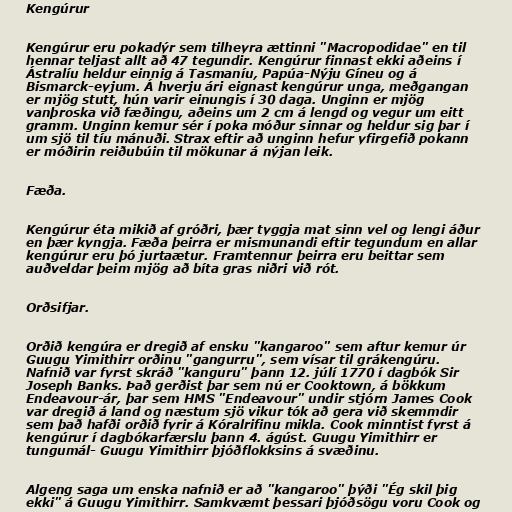
Kengúrur

Kengúrur eru pokadýr sem tilheyra ættinni "Macropodidae" en til
hennar teljast allt að 47 tegundir. Kengúrur finnast ekki aðeins í
Ástralíu heldur einnig á Tasmaníu, Papúa-Nýju Gíneu og á
Bismarck-eyjum. Á hverju ári eignast kengúrur unga, meðgangan
er mjög stutt, hún varir einungis í 30 daga. Unginn er mjög
vanþroska við fæðingu, aðeins um 2 cm á lengd og vegur um eitt
gramm. Unginn kemur sér í poka móður sinnar og heldur sig þar í
um sjö til tíu mánuði. Strax eftir að unginn hefur yfirgefið pokann
er móðirin reiðubúin til mökunar á nýjan leik.

Fæða.

Kengúrur éta mikið af gróðri, þær tyggja mat sinn vel og lengi áður
en þær kyngja. Fæða þeirra er mismunandi eftir tegundum en allar
kengúrur eru þó jurtaætur. Framtennur þeirra eru beittar sem
auðveldar þeim mjög að bíta gras niðri við rót.

Orðsifjar.

Orðið kengúra er dregið af ensku "kangaroo" sem aftur kemur úr
Guugu Yimithirr orðinu "gangurru", sem vísar til grákengúru.
Nafnið var fyrst skráð "kanguru" þann 12. júlí 1770 í dagbók Sir
Joseph Banks. Það gerðist þar sem nú er Cooktown, á bökkum
Endeavour-ár, þar sem HMS "Endeavour" undir stjórn James Cook
var dregið á land og næstum sjö vikur tók að gera við skemmdir
sem það hafði orðið fyrir á Kóralrifinu mikla. Cook minntist fyrst á
kengúrur í dagbókarfærslu þann 4. ágúst. Guugu Yimithirr er
tungumál- Guugu Yimithirr þjóðflokksins á svæðinu.

Algeng saga um enska nafnið er að "kangaroo" þýði "Ég skil þig
ekki" á Guugu Yimithirr. Samkvæmt þessari þjóðsögu voru Cook og